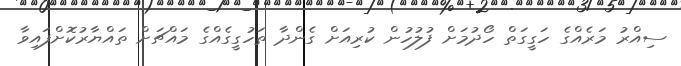
ސިއްރު މަރެއްގެ ހަގީގަތް ހޯދުމަށް ފުލުހުން ކުރިއަށް ގެންދާ ތަހުގީގެއްގެ މައްޗަށް ތައްޔާރުކޮށްފައިވާ